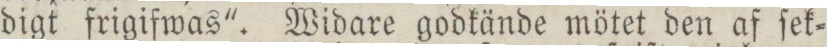
digt frigifwas'. Widare godkände mötet den af ſek=